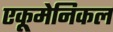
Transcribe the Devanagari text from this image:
एकूमेनिकल